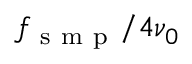
f _ { \mathrm { ~ s ~ m ~ p ~ } } / 4 \nu _ { 0 }